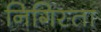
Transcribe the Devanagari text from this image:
निगिस्ता